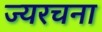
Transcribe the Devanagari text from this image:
ज्यरचना